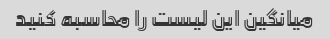
میانگین این لیست را محاسبه کنید